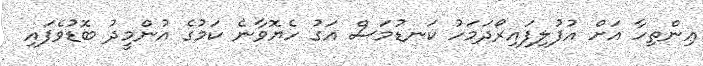
އިންތިހާ އަށް އުފުލިފައިރޯދަމަހު ކަނޑުމަސް އަގު ހެޔޮވާނެ ކަމުގެ އުންމީދު ބޮޑުވެފައި